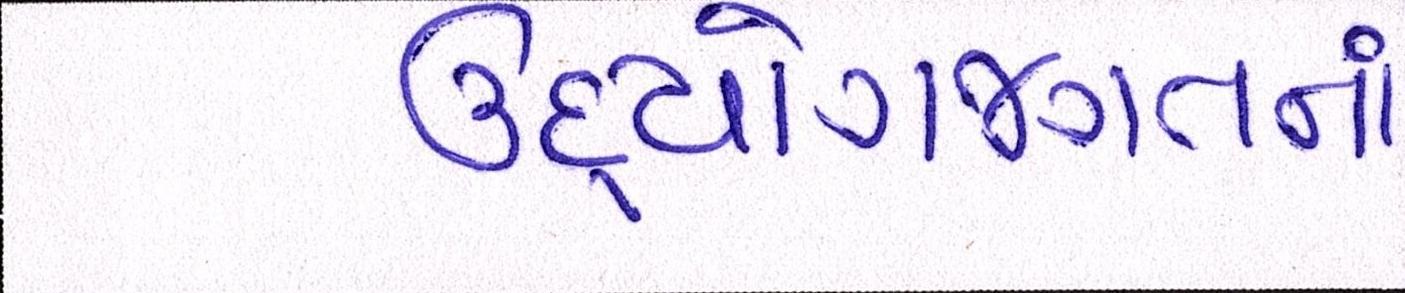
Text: ઉદ્યોગજગતનાં